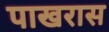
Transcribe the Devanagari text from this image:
पाखरास